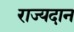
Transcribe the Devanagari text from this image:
राज्यदान